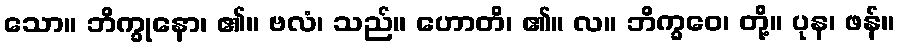
သော။ ဘိက္ခုနော၊ ၏။ ဗလံ၊ သည်။ ဟောတိ၊ ၏။ လ။ ဘိက္ခဝေ၊ တို့။ ပုန၊ ဖန်။